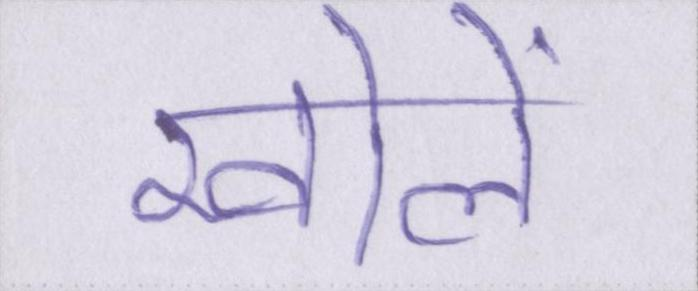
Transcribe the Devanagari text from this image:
खोलें।